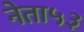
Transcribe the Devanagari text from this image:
नेता५३